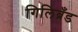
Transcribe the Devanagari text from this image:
गिलिब्रँड